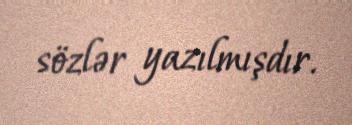
sözlər yazılmışdır.